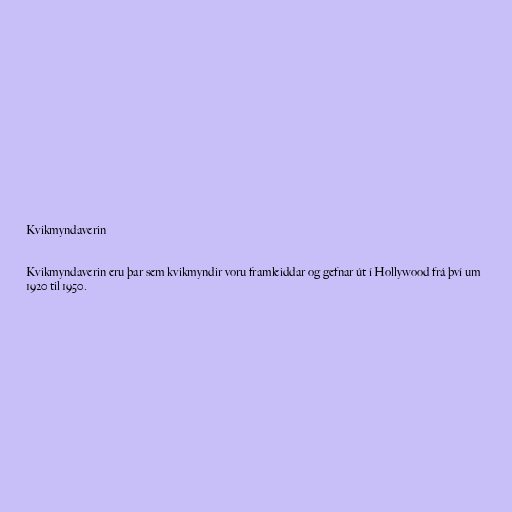
Kvikmyndaverin

Kvikmyndaverin eru þar sem kvikmyndir voru framleiddar og gefnar út í Hollywood frá því um
1920 til 1950.